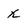
Character: x